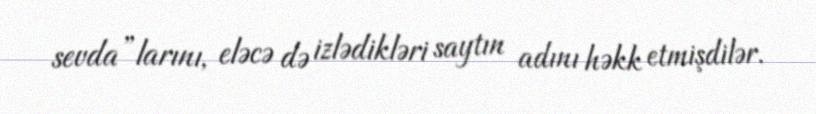
sevda”larını, eləcə də izlədikləri saytın adını həkk etmişdilər.